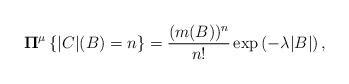
LaTeX: \begin{align*} \mathbf{\Pi}^{\mu} \left\{ |C|(B) = n \right\} = \frac{(m(B))^{n}}{n!} \exp \left( -\lambda |B| \right),\end{align*}